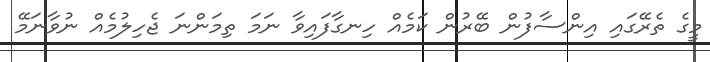
މީގެ ތެރޭގައި އިންސާފުން ބޭރުން ކަމެއް ހިނގާފައިވާ ނަމަ ތިމަންނަ ޖެހިލުމެއް ނުވާނަމޭ